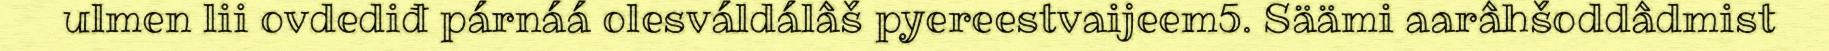
ulmen lii ovdediđ párnáá olesváldálâš pyereestvaijeem5. Säämi aarâhšoddâdmist